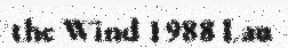
the Wind 1988 Lau